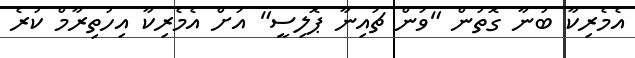
އެމެރިކާ ބުނާ ގޮތުން "ވަން ޗައިނާ ޕޮލިސީ" އަށް އެމެރިކާ އިހުތިރާމް ކުރެ